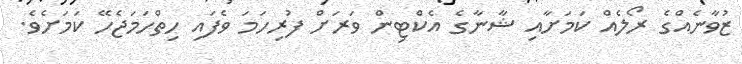
ޒުވާނެއްގެ ރޯލެއް ކަމަށާއި ޝާނާގެ އެކްޓިން ވަރަށް ފުރިހަމަ ވެފައި ހިތްހަމަޖެހޭ ކަމަށެވެ.